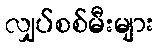
လျှပ်စစ်မီးများ